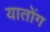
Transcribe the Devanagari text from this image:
यातोंग